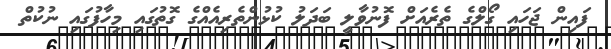
ފައިން ޖަހައި ގޯލްގެ ތެރެއަށް ފޮނުވާލީ ބަދަލު ކުޅުންތެރިއެއްގެ ގޮތުގައި މިހާފުގައި ނުކުތް